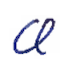
Text: a
Cross-out: clean
Writing tool: ballpoint